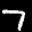
Label: 7